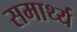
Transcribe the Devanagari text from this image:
समार्थ्य